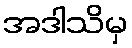
အဒါသိမှ